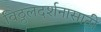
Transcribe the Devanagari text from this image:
विठ्ठलदर्शनासाठी